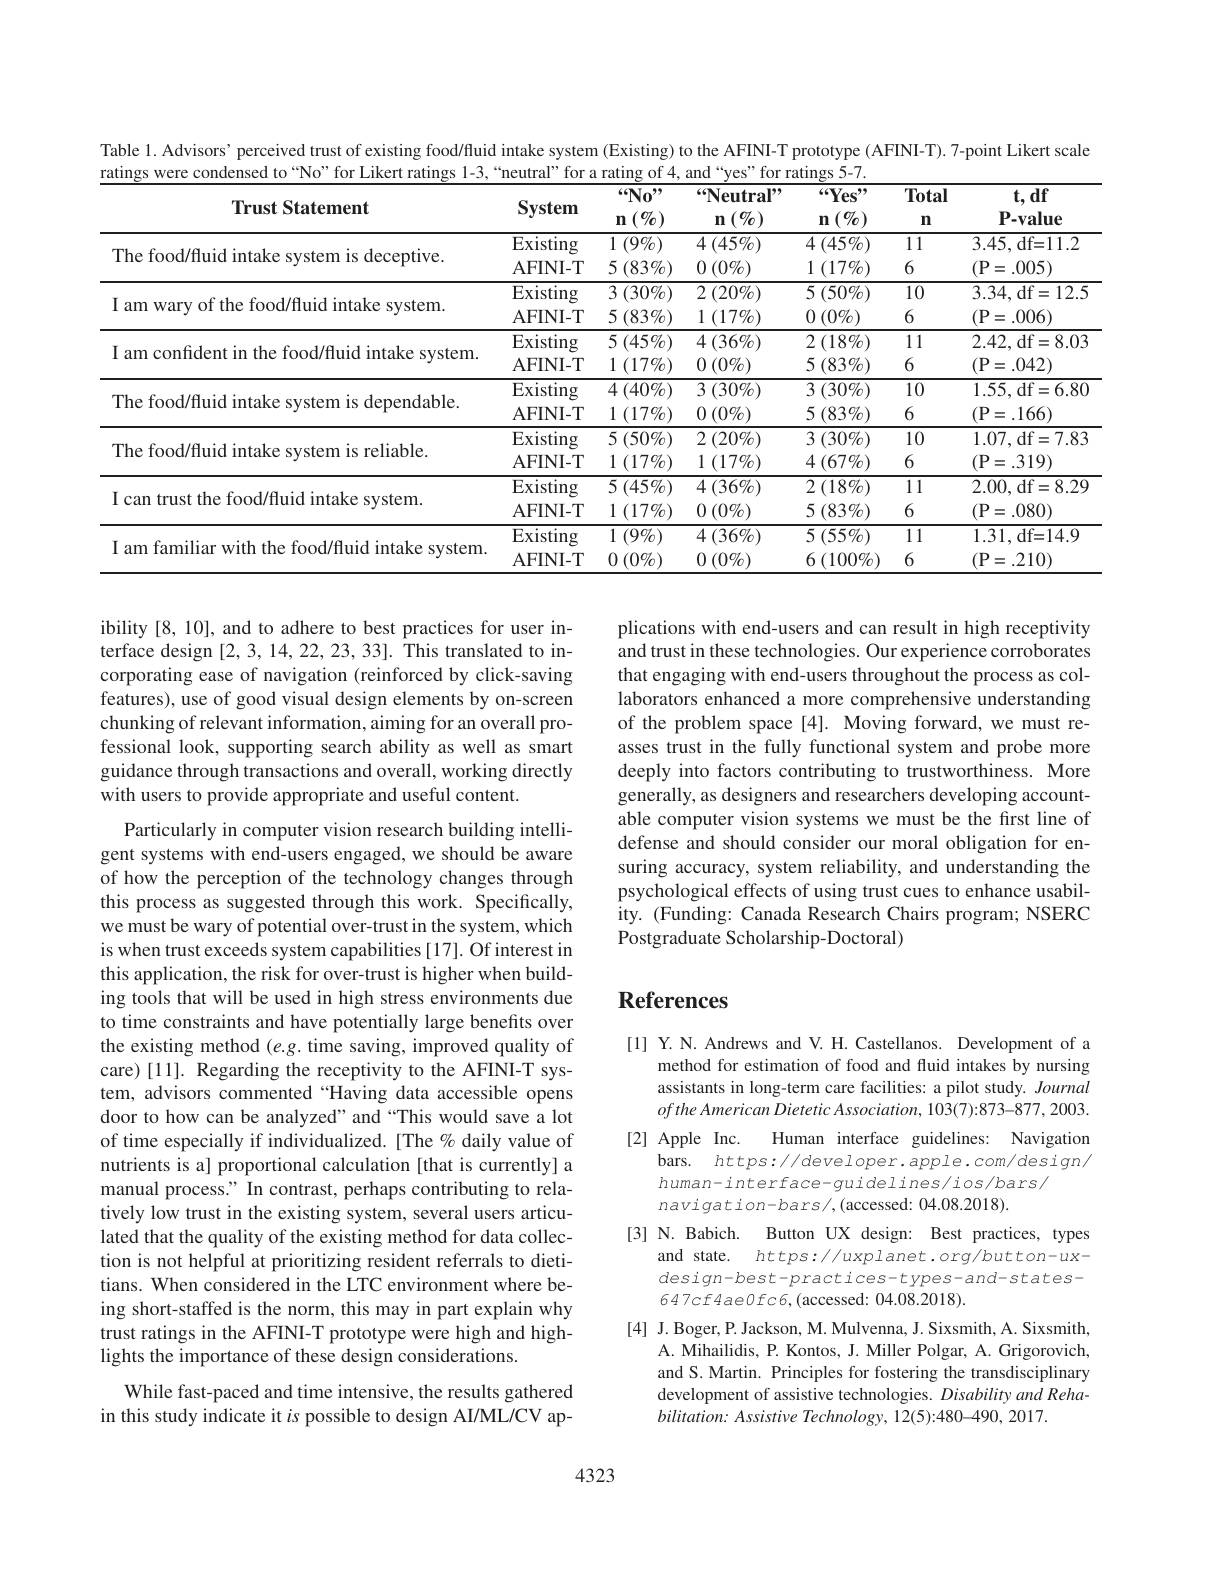
Table 1. Advisors’ perceived trust of existing food/fluid intake system (Existing) to the AFINI-T prototype (AFINI-T). 7-point Likert scale
ratings were condensed to“No”for Likert ratings 1-3,“neutral”for a rating of 4, and“yes”for ratings 5-7.
<table>
	<tbody>
		<tr>
			<th>Trust Statement</th>
			<th>System</th>
			<th>$“No”$ $(\emptyset_0)$ $n$</th>
			<th>“Neutral” $1\left(\%\right)$ $n$</th>
			<th>$“Yes”$ $(\emptyset_0)$ $n$</th>
			<th>Total $n$</th>
			<th>$t,df$ P-value</th>
		</tr>
		<tr>
			<td rowspan="2">The food/fluid intake system is deceptive.</td>
			<td>$\overline{{\mathrm{Existing}}}$</td>
			<td>1 $( 9\% )$</td>
			<td>$\overline{4\left(45\%\right)}$</td>
			<td>$4\left(45\%\right)$</td>
			<td>11</td>
			<td>3.45,df=1.2</td>
		</tr>
		<tr>
			<td>AFINI- T</td>
			<td>$5\left(83\%\right)$</td>
			<td>$0\left(0\%\right)$</td>
			<td>1 $( 17\% )$</td>
			<td>6</td>
			<td>(P=.005)</td>
		</tr>
		<tr>
			<td rowspan="2">I am wary of the food/fluid intake system</td>
			<td>Existing</td>
			<td>$\overline{3\:(30\%)}$</td>
			<td>$2\left(20\%\right)$</td>
			<td>$\overline{5\left(50\%\right)}$</td>
			<td>10</td>
			<td rowspan="2">3.34,df=12.5 (P=.006)</td>
		</tr>
		<tr>
			<td>AFINI- T</td>
			<td>$5\left(83\%\right)$</td>
			<td>1 $( 17\% )$</td>
			<td>$0\left(0\%\right)$</td>
			<td>6</td>
		</tr>
		<tr>
			<td rowspan="2">I am confident in the food/fluid intake system</td>
			<td>Existing</td>
			<td>$5\left(45\%\right)$</td>
			<td>$4\left(36\%\right)$</td>
			<td>$2\left(18\%\right)$</td>
			<td>11</td>
			<td>2.42,df=8.03</td>
		</tr>
		<tr>
			<td>AFINI- T</td>
			<td>1 $( 17\% )$</td>
			<td>$0\left(0\%\right)$</td>
			<td>$5\left(83\%\right)$</td>
			<td>6</td>
			<td>(P=.042)</td>
		</tr>
		<tr>
			<td> </td>
			<td>Existing</td>
			<td>$4\left(40\%\right)$</td>
			<td>$3\left(30\%\right)$</td>
			<td>$\overline{3\left(30\%\right)}$</td>
			<td>10</td>
			<td rowspan="2">1.55,df=6.80 $(\mathbf{P}=.166)$</td>
		</tr>
		<tr>
			<td rowspan="1">The food/fluid intake system is dependable.</td>
			<td>AFINI- T</td>
			<td>1 $( 17\% )$ </td>
			<td>$0\left(0\%\right)$</td>
			<td>5 (83 $\% )$</td>
			<td>6</td>
		</tr>
		<tr>
			<td rowspan="2">The food/fluid intake system is reliable.</td>
			<td>Existing</td>
			<td>$5\left(50\%\right)$</td>
			<td>$2\left(20\%\right)$</td>
			<td>3 $( 30\% )$</td>
			<td>10</td>
			<td rowspan="2">1.07,df=7.83 $(\mathbf{P}=.319)$</td>
		</tr>
		<tr>
			<td>AFINI- T</td>
			<td>1 $( 17\% )$</td>
			<td>1 $( 17\% )$</td>
			<td>$4\left(67\%\right)$</td>
			<td>6</td>
		</tr>
		<tr>
			<td rowspan="2">I can trust the food/fluid intake system</td>
			<td>$\overline{{\mathrm{Existing}}}$</td>
			<td>$5\left(45\%\right)$</td>
			<td>$4\left(36\%\right)$</td>
			<td>$2\left(18\%\right)$</td>
			<td>11</td>
			<td rowspan="2">2.00,df=8.29 $(\mathbf{P}=.080)$</td>
		</tr>
		<tr>
			<td>AFINI- T</td>
			<td>1 $( 17\% )$</td>
			<td>$0\left(0\%\right)$</td>
			<td>$5\left(83\%\right)$</td>
			<td>6</td>
		</tr>
		<tr>
			<td rowspan="2">I am familiar with the food/fluid intake system</td>
			<td>$\overline{{\mathrm{Existing}}}$</td>
			<td>1 $( 9\% )$</td>
			<td>$4\left(36\%\right)$</td>
			<td>$5\left(55\%\right)$</td>
			<td>11</td>
			<td>1.31,df=14.9</td>
		</tr>
		<tr>
			<td>AFINI- T</td>
			<td>$0\left(0\%\right.$</td>
			<td>$0\left(0\%\right)$</td>
			<td>$(100\%)$ 6</td>
			<td>6</td>
			<td>(P=.210)</td>
		</tr>
	</tbody>
</table>

ibility [8, 10], and to adhere to best practices for user interface design [2,3,14,22,23,33]. This translated to incorporating ease of navigation (reinforced by click-saving features), use of good visual design elements by on-screen chunking of relevant information, aiming for an overall professional look, supporting search ability as well as smart guidance through transactions and overall, working directly with users to provide appropriate and useful content.

plications with end-users and can result in high receptivity and trust in these technologies. Our experience corroborates that engaging with end-users throughout the process as collaborators enhanced a more comprehensive understanding of the problem space [4]. Moving forward, we must reasses trust in the fully functional system and probe more deeply into factors contributing to trustworthiness. More generally, as designers and researchers developing accountable computer vision systems we must be the first line of defense and should consider our moral obligation for ensuring accuracy, system reliability, and understanding the psychological effects of using trust cues to enhance usability. (Funding: Canada Research Chairs program; NSERC Postgraduate Scholarship-Doctoral)

# References

Particularly in computer vision research building intelligent systems with end-users engaged, we should be aware of how the perception of the technology changes through this process as suggested through this work. Specifically, we must be wary of potential over-trust in the system, which is when trust exceeds system capabilities [17]. Of interest in this application, the risk for over-trust is higher when building tools that will be used in high stress environments due to time constraints and have potentially large benefits over the existing method $(e.g.$ time saving, improved quality of care) [11]. Regarding the receptivity to the AFINI-T system, advisors commented“Having data accessible opens door to how can be analyzed" and “This would save a lot of time especially if individualized. [The % daily value of nutrients is a] proportional calculation [that is currently] a manual process." In contrast, perhaps contributing to relatively low trust in the existing system, several users articulated that the quality of the existing method for data collection is not helpful at prioritizing resident referrals to dietitians. When considered in the LTC environment where being short-staffed is the norm, this may in part explain why trust ratings in the AFINI-T prototype were high and highlights the importance of these design considerations.
While fast-paced and time intensive, the results gathered in this study indicate it $is$ possible to design AI/ML/CV ap-

[1] Y.N. Andrews and V. H. Castellanos. Development of a
method for estimation of food and fluid intakes by nursing assistants in long-term care facilities: a pilot study. Journal ofthe American Dietetic Association, 103(7):873-877, 2003.
Human interface guidelines: Navigation
[2] Apple Inc.
bars. https://developer.apple.com/design/
human-interface-guidelines/ios/bars/
navigation-bars/,(accessed: 04.08.2018).
[3] N. Babich. Button UX design: Best practices, types
and state. https://uxplanet.org/button-uxdesign-best-practices-types-and-states- 647cf4ae0fc6,(accessed: 04.08.2018).
[4] J.Boger, P. Jackson, M. Mulvenna, J. Sixsmith, A. Sixsmith,
A. Mihailidis, P. Kontos, J. Miller Polgar, A. Grigorovich, and S. Martin. Principles for fostering the transdisciplinary development of assistive technologies. Disability and Reha- $bilitation:Assistive$ Technology, 12(5):480-490, 2017.

4323